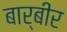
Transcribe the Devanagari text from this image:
बार्बीर